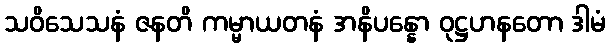
သဝိသေသနံ ဇနတိ ကမ္မာယတနံ အနိပန္နော ဝုဋ္ဌဟနတော ဒါမံ